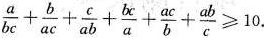
$$\frac { a } { b c } + \frac { b } { a c } + \frac { c } { a b } + \frac { b c } { a } + \frac { a c } { b } + \frac { a b } { c } ≥ 10$$.